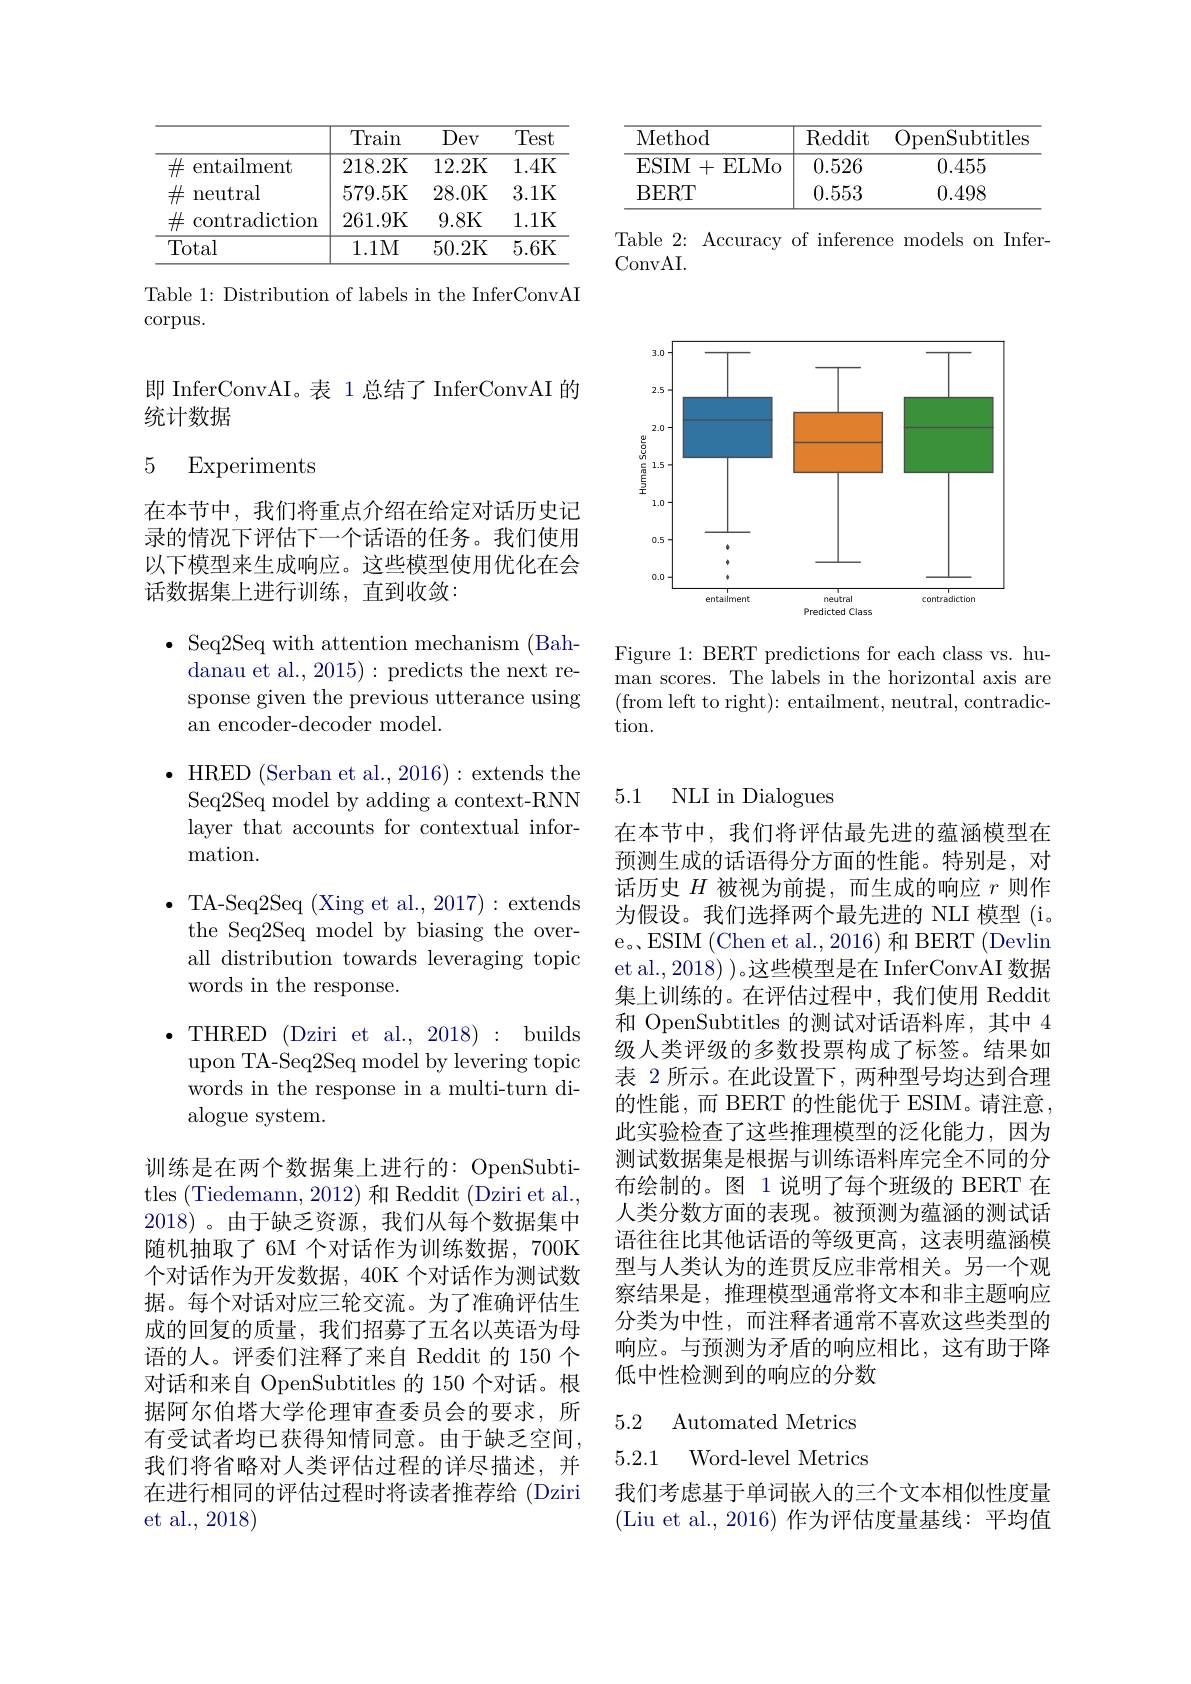
<table>
	<tbody>
		<tr>
			<th> </th>
			<th>Train</th>
			<th>Dev</th>
			<th>Test</th>
		</tr>
		<tr>
			<td>$\#$ entailment</td>
			<td>218.2K</td>
			<td>12.2K</td>
			<td>1.4K</td>
		</tr>
		<tr>
			<td>$\#$ neutral</td>
			<td>579.5K</td>
			<td>28.0K</td>
			<td>3.1K</td>
		</tr>
		<tr>
			<td>$\#$ contradiction</td>
			<td>261.9K</td>
			<td>9.8K</td>
			<td>1.1K</td>
		</tr>
		<tr>
			<td>Total</td>
			<td>1.1M</td>
			<td>50.2K</td>
			<td>$\overline{5.6\text{K}}$</td>
		</tr>
	</tbody>
</table>

Table 1: Distribution of labels in the InferConvAI
$\operatorname{corpus.}$

即 InferConvAI。表 1 总结了 InferConvAI 的
统计数据

### 5 Experiments

在本节中，我们将重点介绍在给定对话历史记录的情况下评估下一个话语的任务。我们使用以下模型来生成响应。这些模型使用优化在会话数据集上进行训练，直到收敛：

$\bullet$ Seq2Seq with attention mechanism (Bah-
danau et al., 2015): predicts the next response given the previous utterance using an encoder-decoder model.

$\bullet$ HRED (Serban et al., 2016): extends the Seq2Seq model by adding a context-RNN layer that accounts for contextual information.

$\bullet$TA-Seq2Seq (Xing et al., 2017):extends the Seq2Seq model by biasing the overall distribution towards leveraging topic words in the response.

$\bullet$THRED (Dziri et al., 2018):builds
upon TA-Seq2Seq model by levering topic words in the response in a multi-turn dialogue system.

训练是在两个数据集上进行的：OpenSubtitles (Tiedemann, 2012) 和 Reddit (Dziri et al., 2018)。由于缺乏资源，我们从每个数据集中随机抽取了6M 个对话作为训练数据，700K 个对话作为开发数据，40K 个对话作为测试数据。每个对话对应三轮交流。为了准确评估生成的回复的质量，我们招募了五名以英语为母语的人。评委们注释了来自 Reddit 的 150 个对话和来自 OpenSubtitles 的 150 个对话。根据阿尔伯塔大学伦理审查委员会的要求，所有受试者均已获得知情同意。由于缺乏空间， 我们将省略对人类评估过程的详尽描述，并在进行相同的评估过程时将读者推荐给(Dziri et al., 2018)

<table>
	<tbody>
		<tr>
			<th>Method</th>
			<th>$\operatorname{Reddit}$</th>
			<th>OpenSubtitles</th>
		</tr>
		<tr>
			<td>ESIM ELMo . +</td>
			<td>0.526</td>
			<td>0.455</td>
		</tr>
		<tr>
			<td>BERT</td>
			<td>0.553</td>
			<td>0.498</td>
		</tr>
	</tbody>
</table>

Table 2: Accuracy of inference models on Infer-
ConvAI.

<FigureHere>

Figure 1: BERT predictions for each class vs. human scores. The labels in the horizontal axis are (from left to right): entailment, neutral, contradiction.

## 5.1 NLI in Dialogues

在本节中，我们将评估最先进的蕴涵模型在预测生成的话语得分方面的性能。特别是，对话历史$H$被视为前提，而生成的响应$r$则作为假设。我们选择两个最先进的 NLI 模型 (i。e。ESIM (Chen et al., 2016) 和 BERT (Devlin et al., 2018) )。这些模型是在 InferConvAI 数据集上训练的。在评估过程中，我们使用 Reddit 和 OpenSubtitles 的测试对话语料库，其中 4级人类评级的多数投票构成了标签。结果如表 2 所示。在此设置下，两种型号均达到合理的性能，而 BERT 的性能优于 ESIM。请注意， 此实验检查了这些推理模型的泛化能力，因为测试数据集是根据与训练语料库完全不同的分布绘制的。图 1 说明了每个班级的 BERT 在人类分数方面的表现。被预测为蕴涵的测试话语往往比其他话语的等级更高，这表明蕴涵模型与人类认为的连贯反应非常相关。另一个观察结果是，推理模型通常将文本和非主题响应分类为中性，而注释者通常不喜欢这些类型的响应。与预测为矛盾的响应相比，这有助于降低中性检测到的响应的分数

## 5.2 Automated Metrics 5.2.1 Word-level Metrics

我们考虑基于单词嵌人的三个文本相似性度量(Liu et al., 2016)作为评估度量基线：平均值